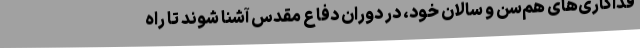
فداکاری‌های هم‌سن و سالان خود، در دوران دفاع مقدس آشنا شوند تا راه